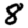
Digit: 8